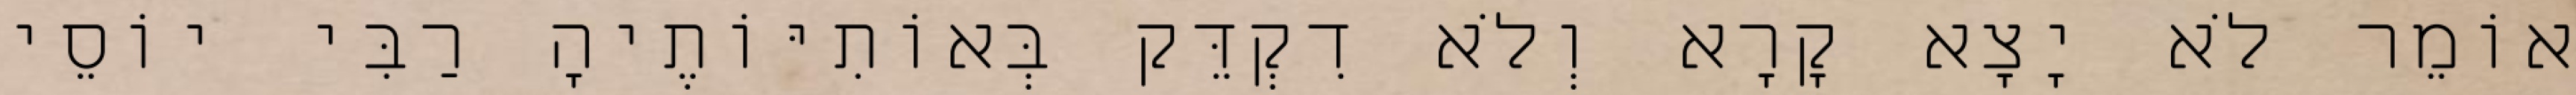
אוֹמֵר לֹא יָצָא קָרָא וְלֹא דִקְדֵּק בְּאוֹתִיּוֹתֶיהָ רַבִּי יוֹסֵי